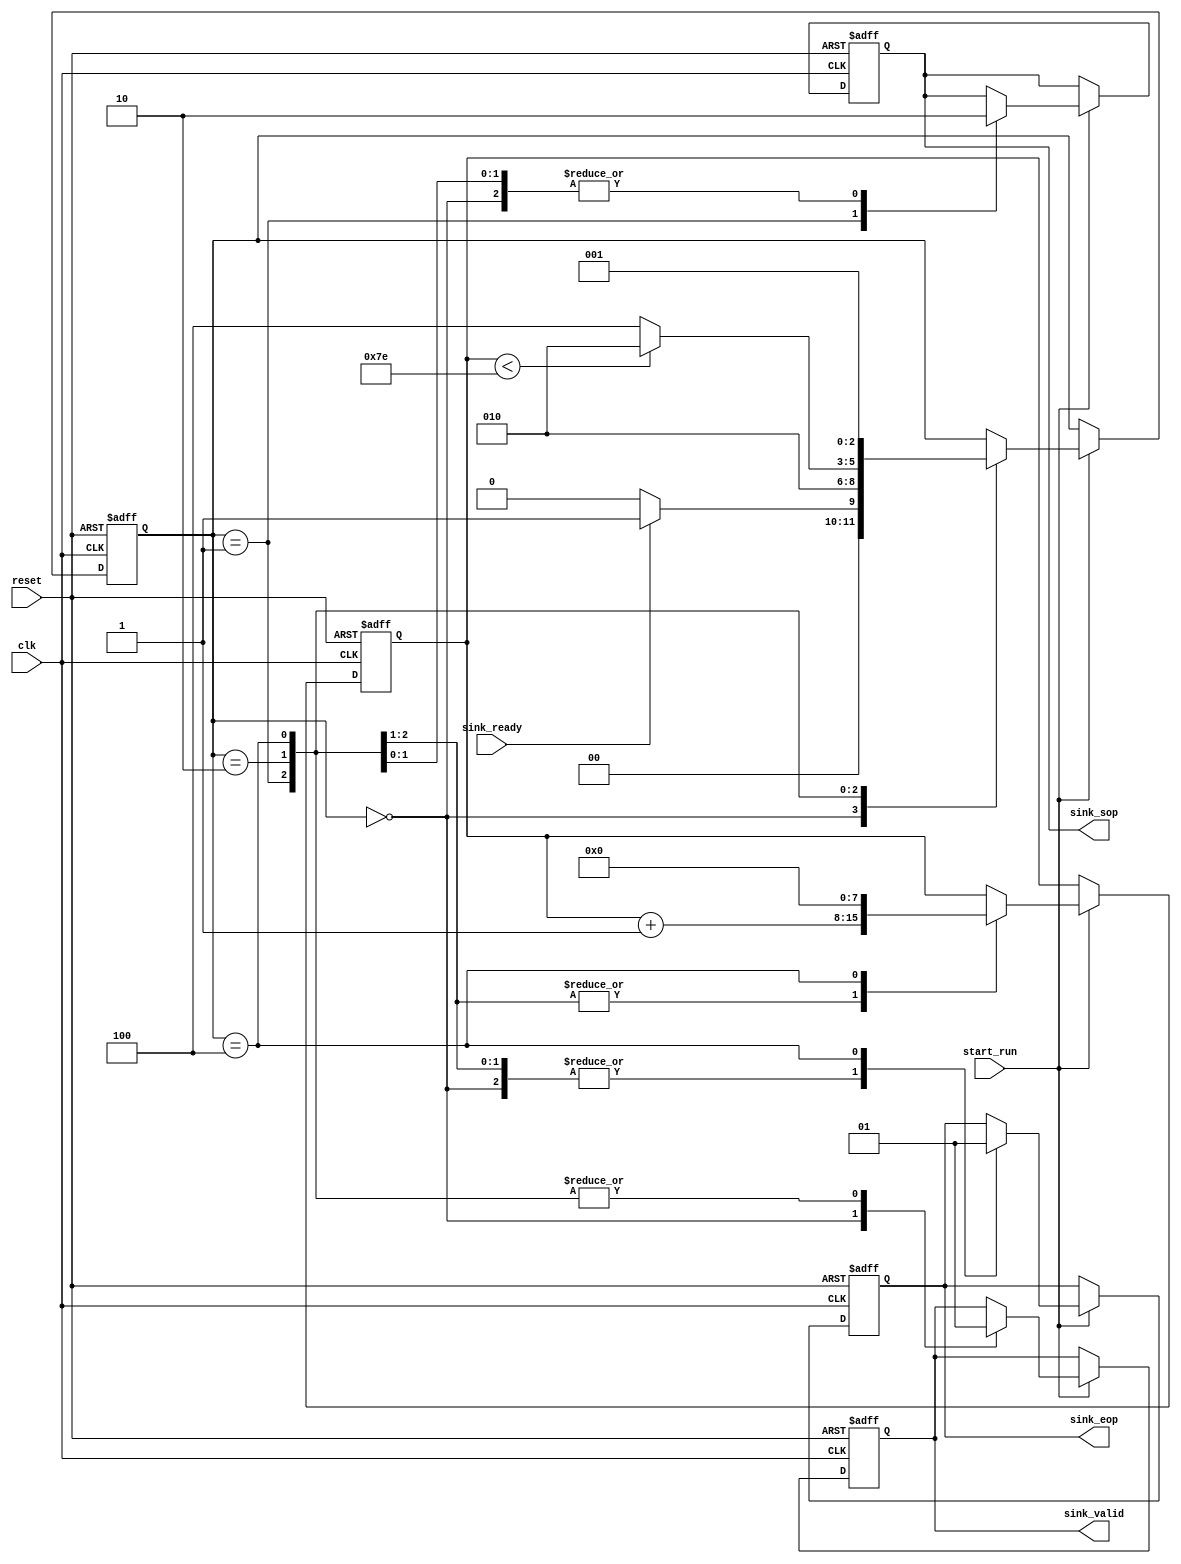
module fft_ctrl(
	input clk,
	input reset,
	input start_run,      //fft
	input sink_ready,     //FFT,
	output reg sink_sop,  //
	output reg sink_eop,  //
	output reg sink_valid //FFTN
);
		
reg [7:0] count;
reg [2:0] state;
parameter Sampling_num = 10'd128; //
		
parameter 	idle			= 3'b000,
				assert_sop	= 3'b001,
				assert_run	= 3'b010,
				assert_eop	= 3'b100;
	
always@(posedge clk or negedge reset) begin
	if(!reset) begin
		state <= idle;
		count <= 0;
		sink_sop <= 1'b0;
		sink_eop <= 1'b0;
		sink_valid <= 1'b0;
	end
	else if(start_run == 1) begin
		case(state)
		idle: begin
			if(sink_ready == 1)
				state <= assert_sop;
			else
				state <= idle;
				sink_sop <= 1'b0;
				sink_eop <= 1'b0;
				sink_valid <= 1'b0;
		end
		
		assert_sop: begin
			state <= assert_run;
			count <= count + 1'b1;
			sink_sop <= 1'b1;
			sink_eop <= 1'b0;
			sink_valid <= 1'b1;
		end
		
		assert_run: begin
			if(count < Sampling_num-2) begin
				state <= assert_run;
				count <= count + 1'b1;
			end
			else begin
				state <= assert_eop;
				count <= count + 1'b1;
			end
			sink_sop <= 1'b0;
			sink_eop <= 1'b0;
			sink_valid <= 1'b1;
		end
		
		assert_eop: begin
			state <= assert_sop;
			count <= 0;
			sink_sop <= 1'b0;
			sink_eop <= 1'b1;
			sink_valid <= 1'b1;
		end
	endcase
	end
end 
	
endmodule